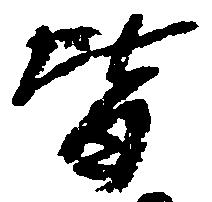
皆